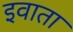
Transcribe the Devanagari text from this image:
इवाता